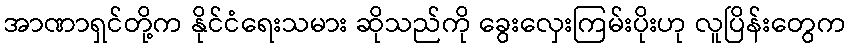
အာဏာရှင်တို့က နိုင်ငံရေးသမား ဆိုသည်ကို ခွေးလှေးကြမ်းပိုးဟု လူပြိန်းတွေက